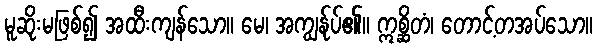
မူဆိုးမဖြစ်၍ အထီးကျန်သော။ မေ၊ အကျွန်ုပ်၏။ ဣစ္ဆိတံ၊ တောင့်တအပ်သော။